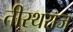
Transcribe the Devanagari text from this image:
तीरथराज